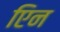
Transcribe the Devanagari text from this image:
एिन